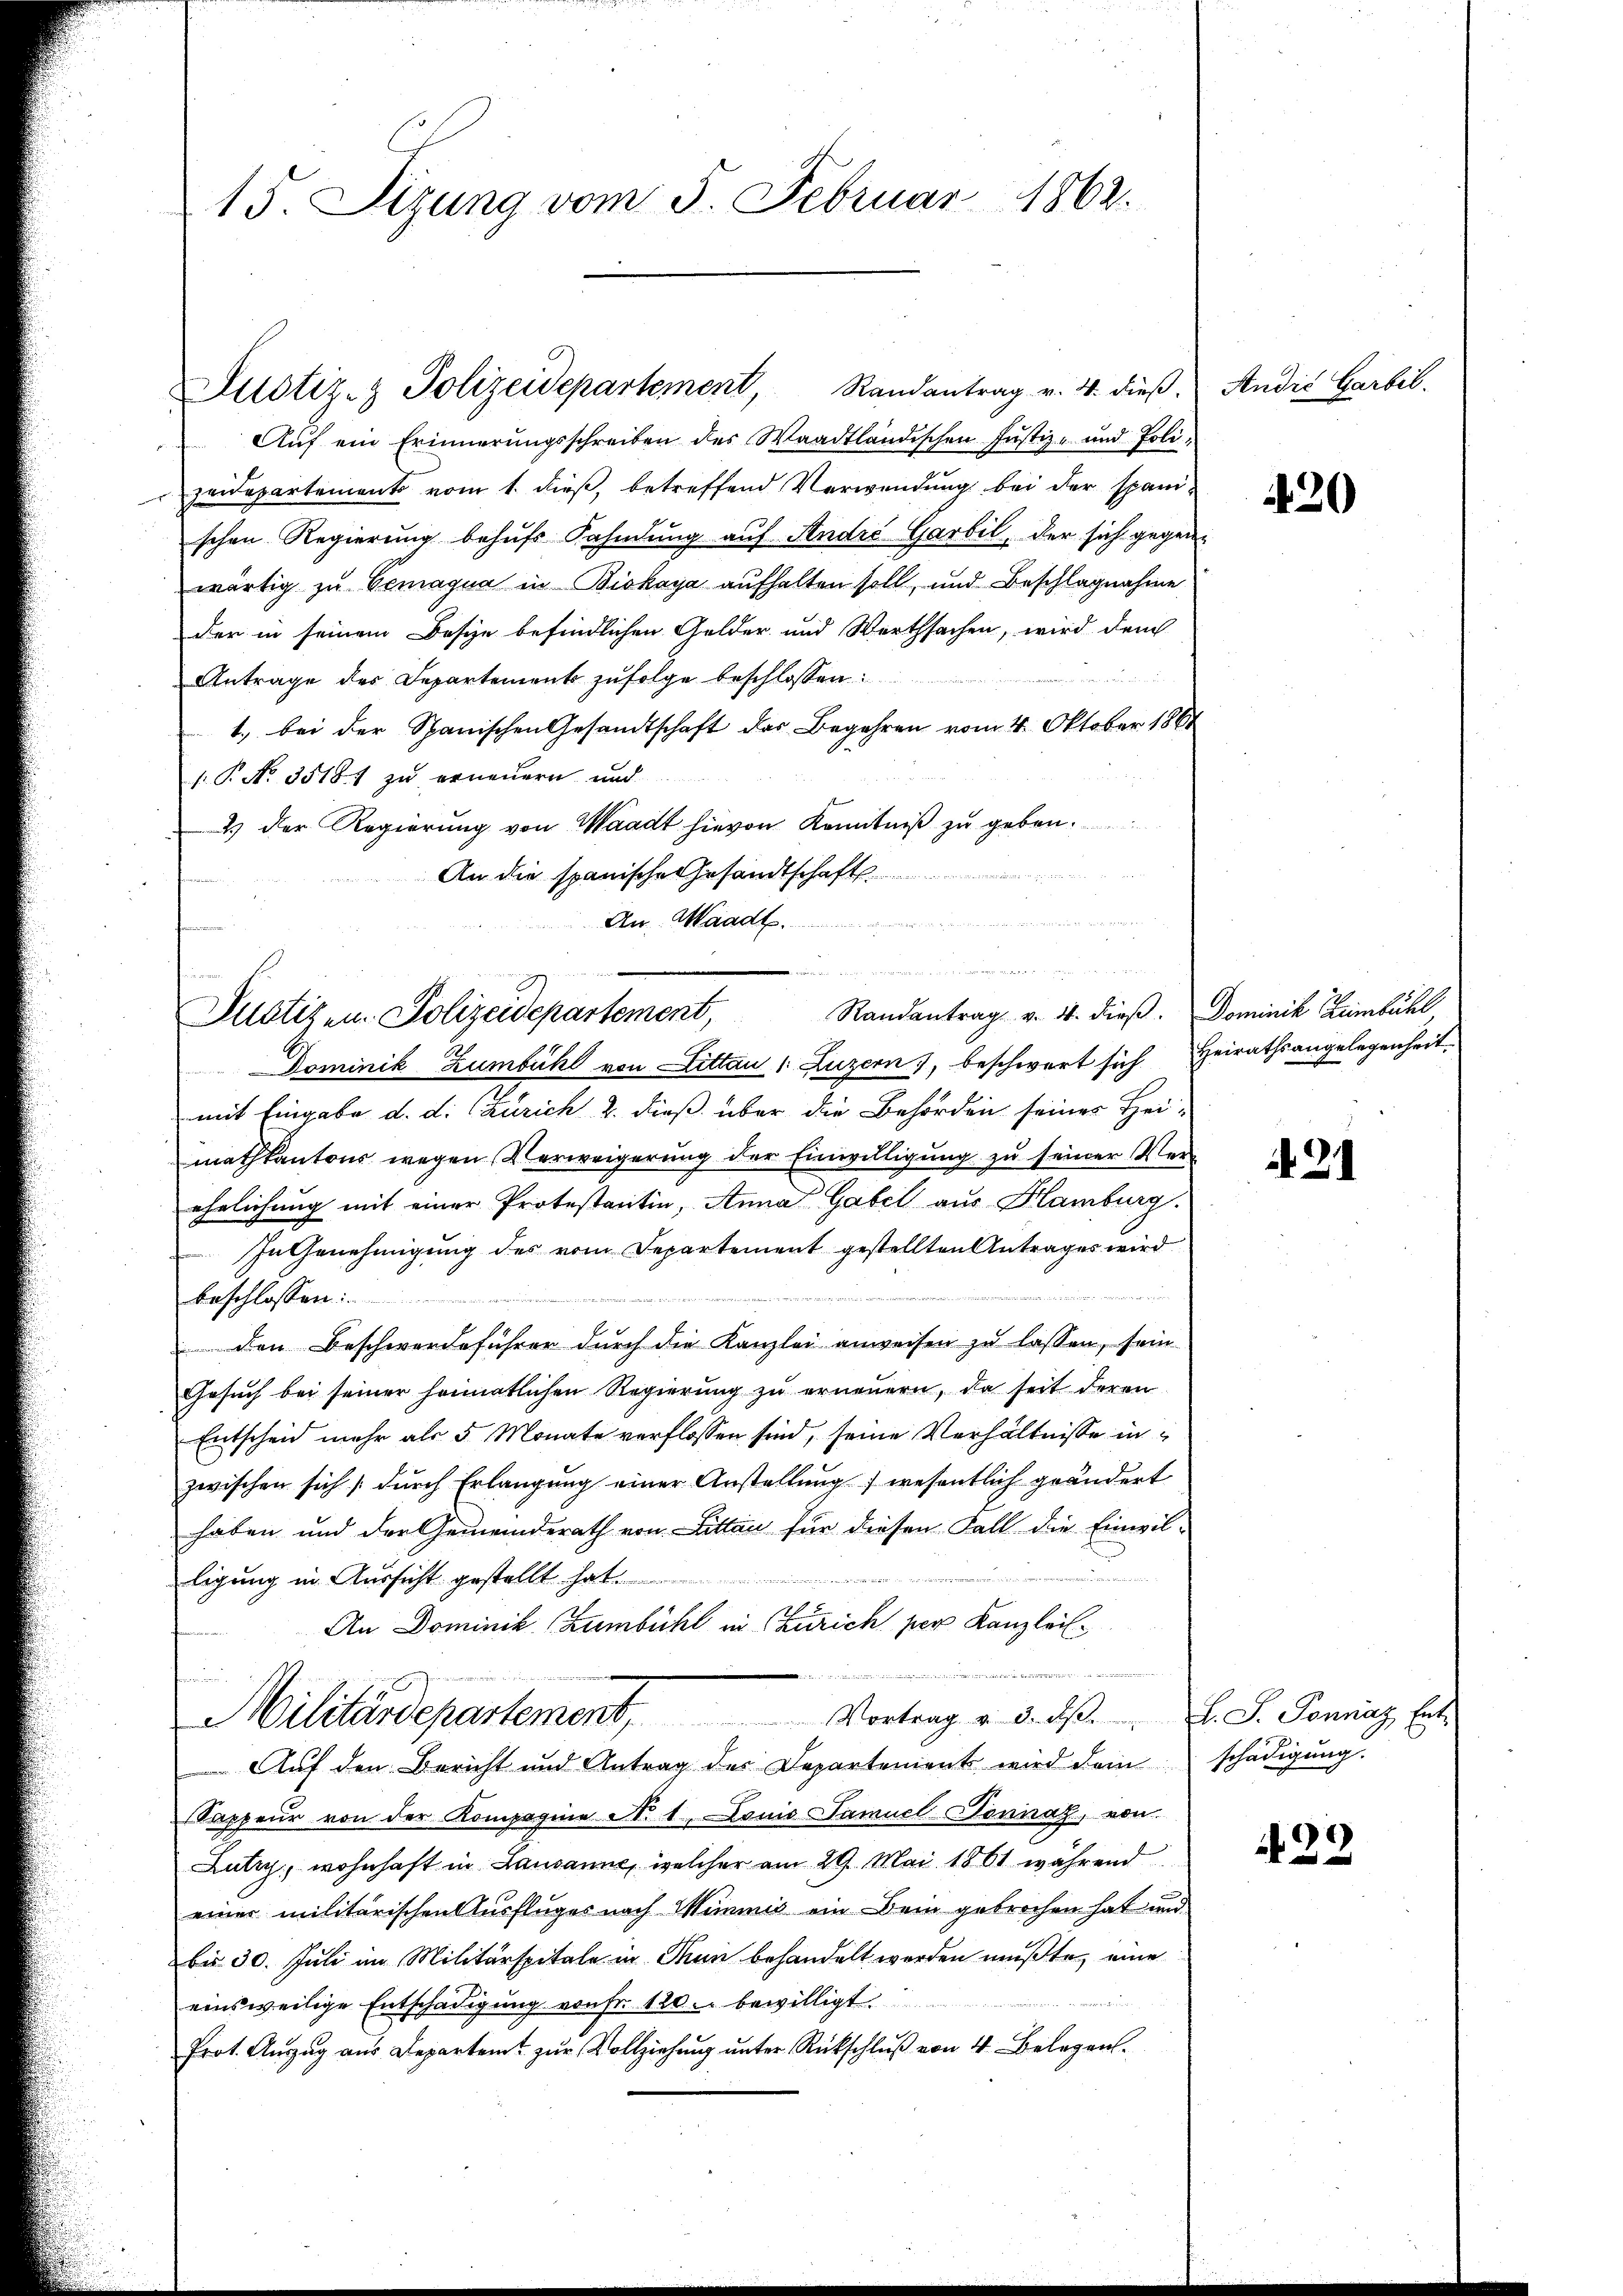
15. Sizung vom 5. Februar 1862.

Auf ein Erinnerungsschreiben des Waadtländischen Justiz- und Polizeidepartemento vom 1. dieß, betreffend Verwendung bei der spanischen Regierung behufs Fahndung auf Andre Garbil, der sich gegenwärtig zu Gemagna in Biskaya aufhalten soll, und Beschlagnahme
der in seinem Besize befindlichen Golder und Werthsachen, wird dem
Antrage der Departement zufolge beschlossen:
1.) bei der Spanischen Gesandtschaft des Begehren vom 4. Oktober 1861
.P. No. 35181 zu erneuern und
2) der Regierung von Waadt hievon Kenntniß zu geben.
An die spanische Gesandtschaft
An Waadt

Justiz- & Polizeidepartement, Randantrag v. 4. dieβ.

Pustiz- u. Polizeidepartement, Randantrag v. 4. dieβ. Dominik Limbühl

Dominik Zumbühl von Littau 1. Luzern), beschwert sich Heirathsangelegenheit.
mit Eingabe d. d. Zürich 2. dieß über die Behörden seines Heimathkantons wegen Verweigerung der Einwilligung zu seiner Verehelichung mit einer Protestantin, Anna Gabel aus Hamburg,
In Genehmigung des vom Departement gestellten Antrages wird
beschlossen:
 den Beschwerdeführer durch die Kanzlei anweisen zu lassen, sein
Gesuch bei seiner heimatlichen Regierung zu erneuern, da seit deren
Entscheid mehr als 5 Monate verflossen sind, seine Verhältnisse in
zwischen sich dŭrch Erlangung einer Anstellung) wesentlich geändert
haben und der Gemeinderath von Litten für diesen Fall die Einwil-
u
ligung in Aussicht gestellt hat
An Dominik (Zumbühl in Zürich per Kanzleil¬

Militärdepartement. Vortrag v. d. d. d. Ponnaz, Ent
Auf den Bericht und Antrag des Departenient wird deinschädigung.
Sappeur von der Kompagnie No 1. Lonio Samuel Sonnat, von
Lutry, wohnhaft in Lausanne, welcher am 29. Mai 1861 während
einer militärischen Ausfluges nach Wimmis ein Dein gebrochen hat und
bis 30. Juli im Militärspitale in Thun behandelt werden mußte, eine
d
einsweilige Entschädigung von Fr. 120. bewilligt.
Prot. Auszug aus Departent zur Vollziehung unter Rückschluß von 4 Belegen.

Andić Garbil.

420

421

N 22